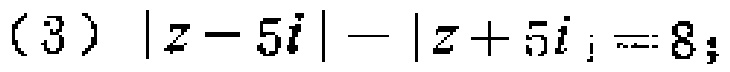
(3) \(|z - 5i|-|z + 5i| = 8\);